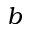
b